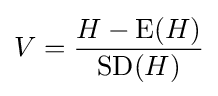
V={\frac {H-\operatorname {E} (H)}{\operatorname {SD} (H)}}